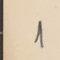
1